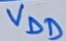
Text: VDD